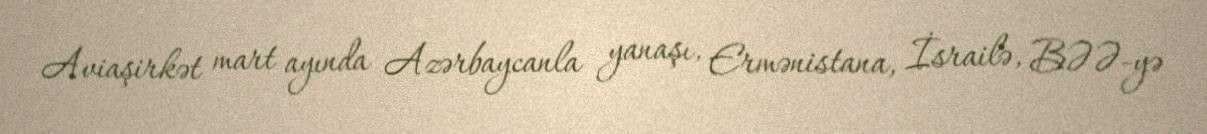
Aviaşirkət mart ayında Azərbaycanla yanaşı, Ermənistana, İsrailə, BƏƏ-yə